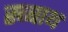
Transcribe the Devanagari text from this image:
स्ब्बाथ